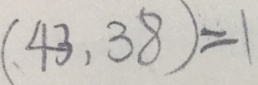
( 4 3 , 3 8 ) = 1